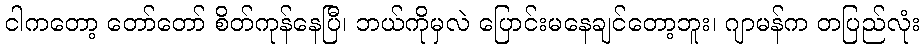
ငါကတော့ တော်တော် စိတ်ကုန်နေပြီ၊ ဘယ်ကိုမှလဲ ပြောင်းမနေချင်တော့ဘူး၊ ဂျာမန်က တပြည်လုံး